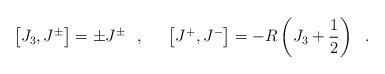
LaTeX: \begin{align*}\left[J_3,J^\pm \right] = \pm J^\pm~~,~~~~\left[J^+,J^-\right] = -R \left( J_3+\frac{1}{2} \right)~~.\end{align*}